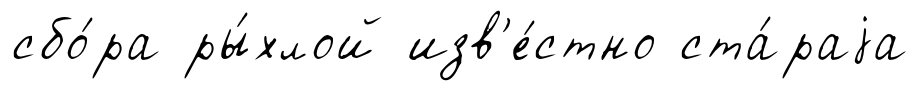
сбо́ра ры́хлой изв'е́стно ста́раjа